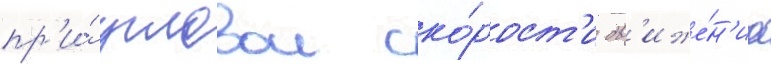
пр'и́ угловои ско́рост'и дв'иже́н'иа